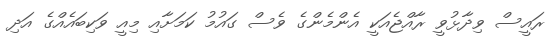
ރައީސް ވިދާޅުވީ ރާއްޖެއަކީ އެންމެންގެ ވެސް ގައުމު ކަމަށާއި މިއީ ވަކިބައެއްގެ އަދި